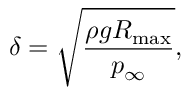
\delta = \sqrt { \frac { \rho g R _ { \mathrm { { m a x } } } } { p _ { \infty } } } ,